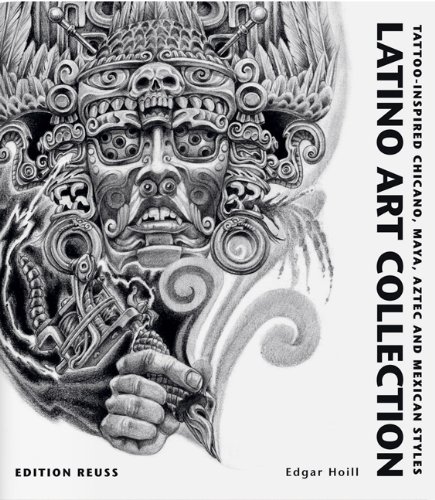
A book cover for Latino Art Collection: Tattoo-Inspired Chicano, Maya, Aztec and Mexican Styles; Edgar Hoill; Arts & Photography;